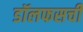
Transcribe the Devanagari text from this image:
डॉलफसची